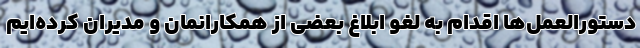
دستورالعمل‌ها اقدام به لغو ابلاغ بعضی از همکارانمان و مدیران کرده‌ایم